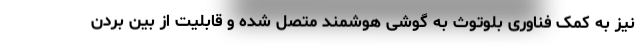
نیز به کمک فناوری بلوتوث به گوشی هوشمند متصل شده و قابلیت از بین بردن